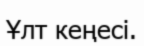
Ұлт кеңесі.